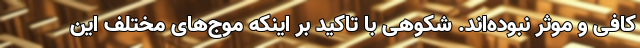
کافی و موثر نبوده‌اند. شکوهی با تاکید بر اینکه موج‌های مختلف این